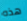
هذه